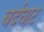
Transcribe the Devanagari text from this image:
बर्दघाट